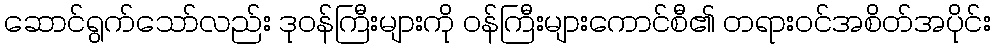
ဆောင်ရွက်သော်လည်း ဒုဝန်ကြီးများကို ဝန်ကြီးများကောင်စီ၏ တရားဝင်အစိတ်အပိုင်း